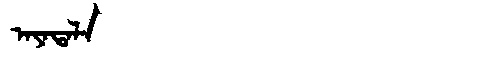
Manchu: ᠠᠶᠠᡨᠠᠯᠠ
Romanization: AYATALA